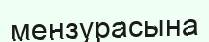
мензурасына